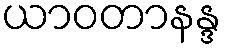
ယာဝတာနန္ဒ